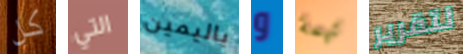
كل التي باليمين و تهمة لتقرير